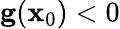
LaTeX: \mathbf{g}(\mathbf{x}_{0})<0